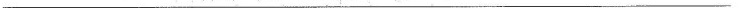
___